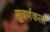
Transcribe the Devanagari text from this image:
सुवर्णकला